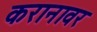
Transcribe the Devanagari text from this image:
करानावर